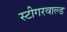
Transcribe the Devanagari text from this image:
स्टीगरवाल्ड